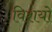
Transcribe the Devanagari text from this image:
विशयो